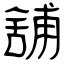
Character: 舖